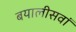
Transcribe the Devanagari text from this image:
बयालीसवां